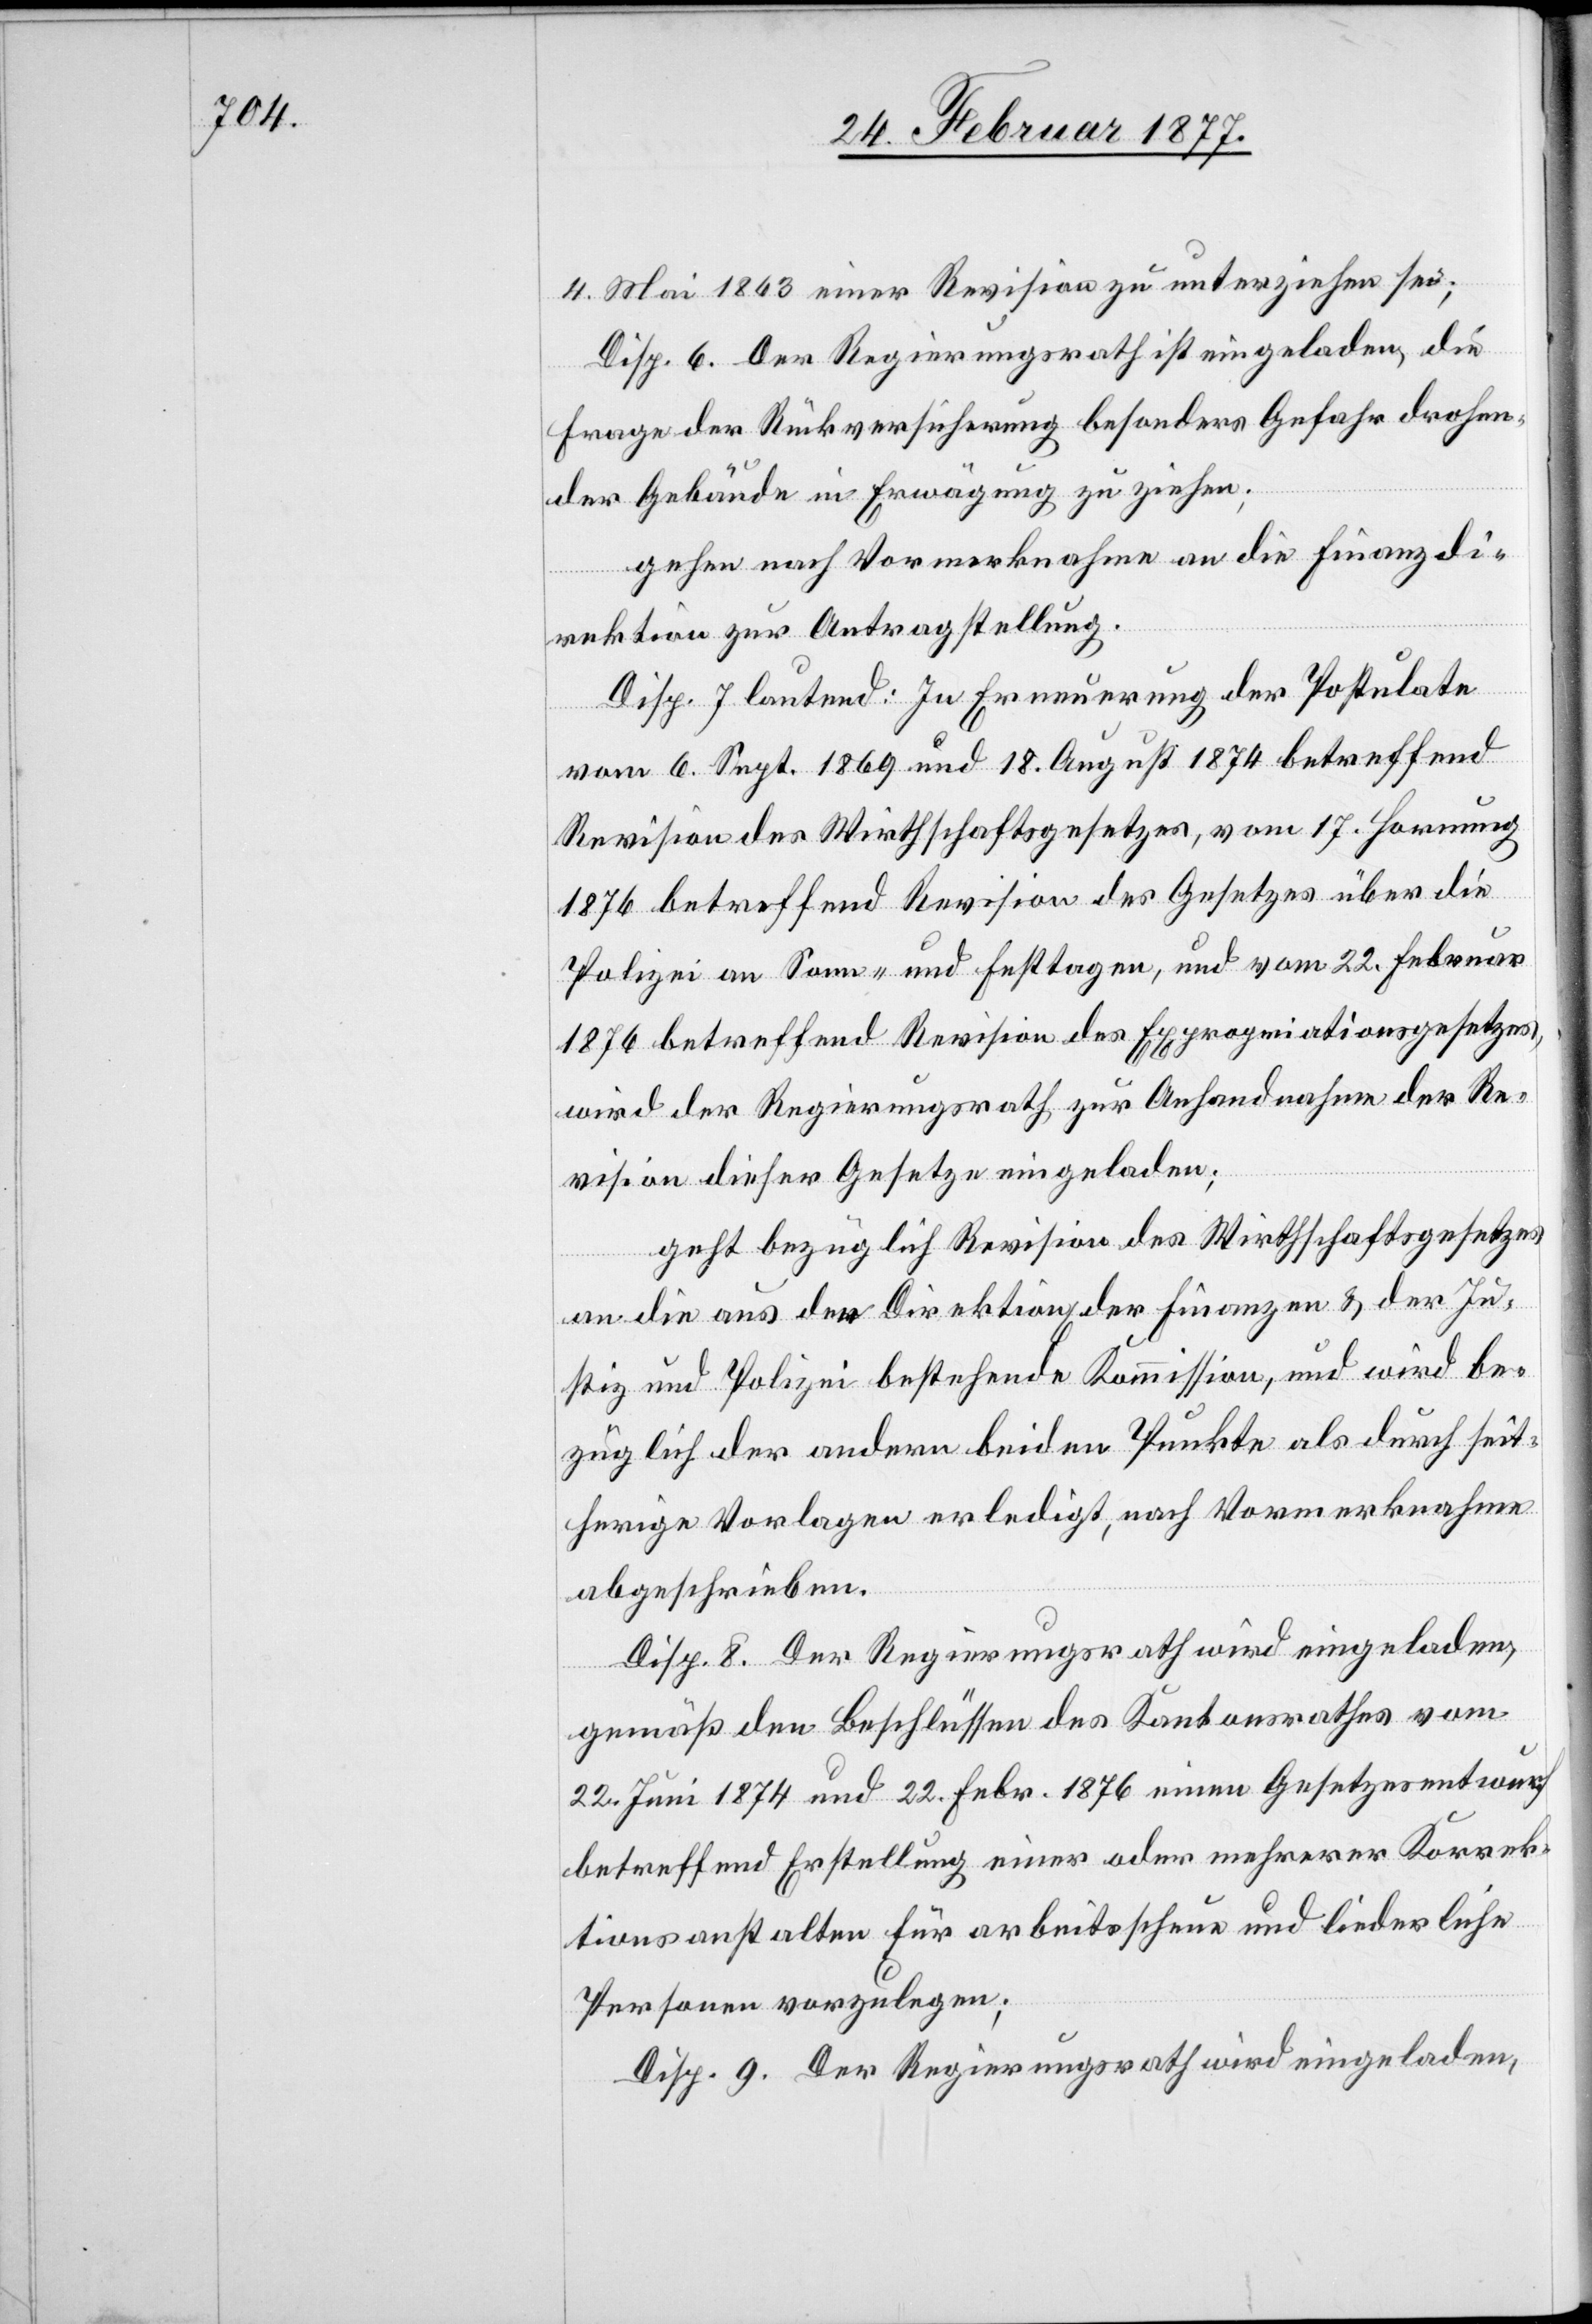
4. Mai 1863 einer Revision zu unterziehen sei;
Disp. 6. Der Regierungsrath ist eingeladen, die
Frage der Rückversicherung besonders Gefahr drohen¬
der Gebäude in Erwägung zu ziehen;
gehen nach Vormerknahme an die Finanzdi¬
rektion zur Antragstellung.
Disp. 7. lautend: In Erneuerung der Postulate
vom 6. Sept. 1869 und 18. August 1874 betreffend
Revision des Wirthschaftsgesetzes, vom 17. Hornung
1876 betreffend Revision des Gesetzes über die
Polizei an Sonn- und Festtagen, und vom 22. Februar
1876 betreffend Revision des Expropriationsgesetzes,
wird der Regierungsrath zur Anhandnahme der Re¬
vision dieser Gesetze eigeladen;
geht bezüglich Revision des Wirthschaftsgesetzes
an die aus den Direktion[en] der Finanzen & der Ju¬
stiz und Polizei bestehende Kommission, und wird be¬
züglich der andern beiden Punkte als durch seit¬
herige Vorlage erledigt, nach Vormerknahme
abgeschrieben.
Disp. 8. Der Regierungsrath wird eingeladen,
gemäß den Beschlüssen des Kantonsrathes vom
22 Juni 1874 und 22 Febr. 1876 einen Gesetzesentwurf
betreffend Erstellung einer oder mehrerer Korrek¬
tionsanstalten für arbeitsscheue und liederliche
Personen vorzulegen;
Disp. 9. Der Regierungsrath wird eingeladen,